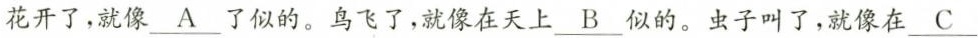
花开了，就像\underline{A}了似的。鸟飞了，就像在天上\underline{B}似的。虫子叫了，就像在\underline{C}